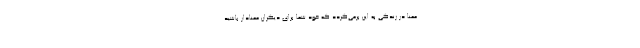
معنا در زندگی به این برمی‌گردد که خودِ شما برای دیگران معنادار باشید.